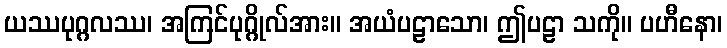
ယဿပုဂ္ဂလဿ၊ အကြင်ပုဂ္ဂိုလ်အား။ အယံပဠာသော၊ ဤပဠာ သကို။ ပဟီနော၊